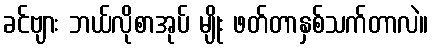
ခင်ဗျား ဘယ်လိုစာအုပ် မျိုး ဖတ်တာနှစ်သက်တာလဲ။